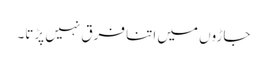
جاڑوں میں اتنا فرق نہیں پڑتا۔